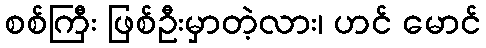
စစ်ကြီး ဖြစ်ဦးမှာတဲ့လား၊ ဟင် မောင်